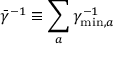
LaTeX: { \bar { \gamma } } ^ { - 1 } \equiv \sum _ { a } \gamma _ { \mathrm { m i n } , a } ^ { - 1 }